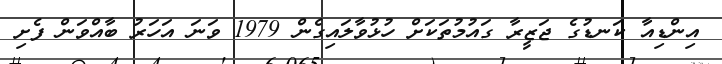
އިންޑިއާ ކަނޑުގެ ޖަޒީރާ ގައުމުތަކަށް ހުޅުވާލައިގެން 1979 ވަނަ އަހަރު ބާއްވަން ފެށި